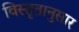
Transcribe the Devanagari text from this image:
विस्तृतानुसार